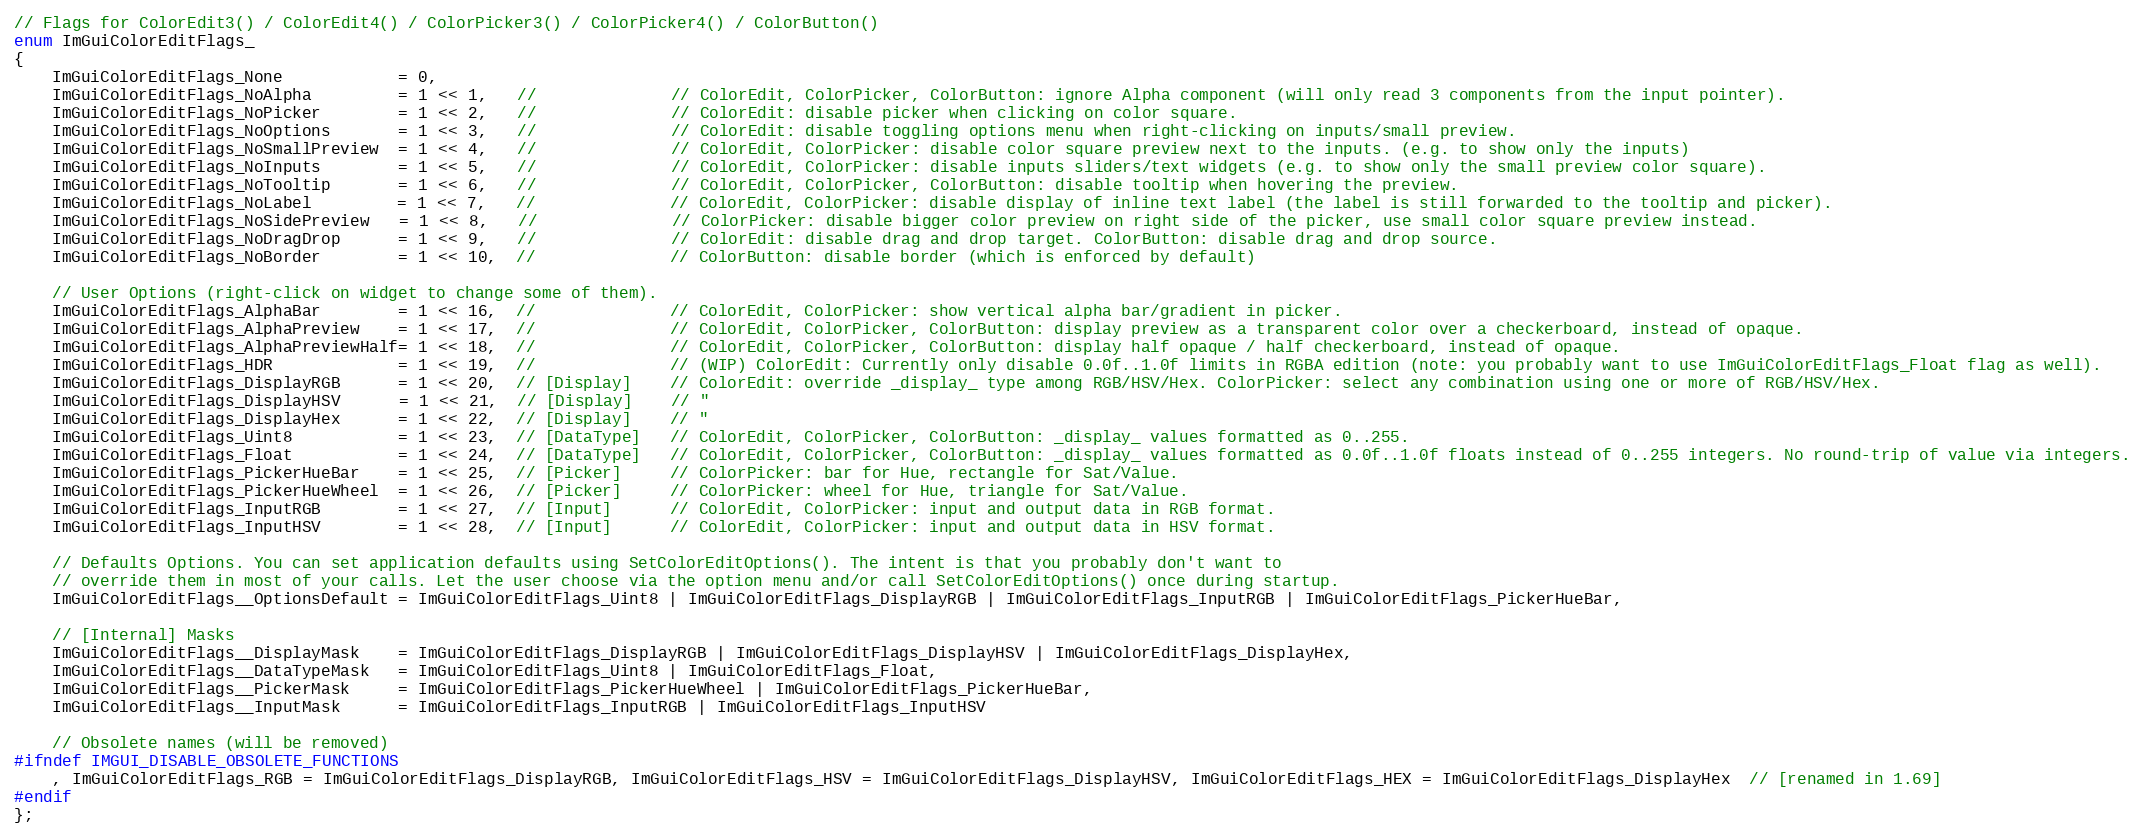
Language: C
// Flags for ColorEdit3() / ColorEdit4() / ColorPicker3() / ColorPicker4() / ColorButton()
enum ImGuiColorEditFlags_
{
    ImGuiColorEditFlags_None            = 0,
    ImGuiColorEditFlags_NoAlpha         = 1 << 1,   //              // ColorEdit, ColorPicker, ColorButton: ignore Alpha component (will only read 3 components from the input pointer).
    ImGuiColorEditFlags_NoPicker        = 1 << 2,   //              // ColorEdit: disable picker when clicking on color square.
    ImGuiColorEditFlags_NoOptions       = 1 << 3,   //              // ColorEdit: disable toggling options menu when right-clicking on inputs/small preview.
    ImGuiColorEditFlags_NoSmallPreview  = 1 << 4,   //              // ColorEdit, ColorPicker: disable color square preview next to the inputs. (e.g. to show only the inputs)
    ImGuiColorEditFlags_NoInputs        = 1 << 5,   //              // ColorEdit, ColorPicker: disable inputs sliders/text widgets (e.g. to show only the small preview color square).
    ImGuiColorEditFlags_NoTooltip       = 1 << 6,   //              // ColorEdit, ColorPicker, ColorButton: disable tooltip when hovering the preview.
    ImGuiColorEditFlags_NoLabel         = 1 << 7,   //              // ColorEdit, ColorPicker: disable display of inline text label (the label is still forwarded to the tooltip and picker).
    ImGuiColorEditFlags_NoSidePreview   = 1 << 8,   //              // ColorPicker: disable bigger color preview on right side of the picker, use small color square preview instead.
    ImGuiColorEditFlags_NoDragDrop      = 1 << 9,   //              // ColorEdit: disable drag and drop target. ColorButton: disable drag and drop source.
    ImGuiColorEditFlags_NoBorder        = 1 << 10,  //              // ColorButton: disable border (which is enforced by default)

    // User Options (right-click on widget to change some of them).
    ImGuiColorEditFlags_AlphaBar        = 1 << 16,  //              // ColorEdit, ColorPicker: show vertical alpha bar/gradient in picker.
    ImGuiColorEditFlags_AlphaPreview    = 1 << 17,  //              // ColorEdit, ColorPicker, ColorButton: display preview as a transparent color over a checkerboard, instead of opaque.
    ImGuiColorEditFlags_AlphaPreviewHalf= 1 << 18,  //              // ColorEdit, ColorPicker, ColorButton: display half opaque / half checkerboard, instead of opaque.
    ImGuiColorEditFlags_HDR             = 1 << 19,  //              // (WIP) ColorEdit: Currently only disable 0.0f..1.0f limits in RGBA edition (note: you probably want to use ImGuiColorEditFlags_Float flag as well).
    ImGuiColorEditFlags_DisplayRGB      = 1 << 20,  // [Display]    // ColorEdit: override _display_ type among RGB/HSV/Hex. ColorPicker: select any combination using one or more of RGB/HSV/Hex.
    ImGuiColorEditFlags_DisplayHSV      = 1 << 21,  // [Display]    // "
    ImGuiColorEditFlags_DisplayHex      = 1 << 22,  // [Display]    // "
    ImGuiColorEditFlags_Uint8           = 1 << 23,  // [DataType]   // ColorEdit, ColorPicker, ColorButton: _display_ values formatted as 0..255.
    ImGuiColorEditFlags_Float           = 1 << 24,  // [DataType]   // ColorEdit, ColorPicker, ColorButton: _display_ values formatted as 0.0f..1.0f floats instead of 0..255 integers. No round-trip of value via integers.
    ImGuiColorEditFlags_PickerHueBar    = 1 << 25,  // [Picker]     // ColorPicker: bar for Hue, rectangle for Sat/Value.
    ImGuiColorEditFlags_PickerHueWheel  = 1 << 26,  // [Picker]     // ColorPicker: wheel for Hue, triangle for Sat/Value.
    ImGuiColorEditFlags_InputRGB        = 1 << 27,  // [Input]      // ColorEdit, ColorPicker: input and output data in RGB format.
    ImGuiColorEditFlags_InputHSV        = 1 << 28,  // [Input]      // ColorEdit, ColorPicker: input and output data in HSV format.

    // Defaults Options. You can set application defaults using SetColorEditOptions(). The intent is that you probably don't want to
    // override them in most of your calls. Let the user choose via the option menu and/or call SetColorEditOptions() once during startup.
    ImGuiColorEditFlags__OptionsDefault = ImGuiColorEditFlags_Uint8 | ImGuiColorEditFlags_DisplayRGB | ImGuiColorEditFlags_InputRGB | ImGuiColorEditFlags_PickerHueBar,

    // [Internal] Masks
    ImGuiColorEditFlags__DisplayMask    = ImGuiColorEditFlags_DisplayRGB | ImGuiColorEditFlags_DisplayHSV | ImGuiColorEditFlags_DisplayHex,
    ImGuiColorEditFlags__DataTypeMask   = ImGuiColorEditFlags_Uint8 | ImGuiColorEditFlags_Float,
    ImGuiColorEditFlags__PickerMask     = ImGuiColorEditFlags_PickerHueWheel | ImGuiColorEditFlags_PickerHueBar,
    ImGuiColorEditFlags__InputMask      = ImGuiColorEditFlags_InputRGB | ImGuiColorEditFlags_InputHSV

    // Obsolete names (will be removed)
#ifndef IMGUI_DISABLE_OBSOLETE_FUNCTIONS
    , ImGuiColorEditFlags_RGB = ImGuiColorEditFlags_DisplayRGB, ImGuiColorEditFlags_HSV = ImGuiColorEditFlags_DisplayHSV, ImGuiColorEditFlags_HEX = ImGuiColorEditFlags_DisplayHex  // [renamed in 1.69]
#endif
};